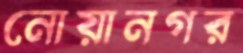
নোয়ানগর